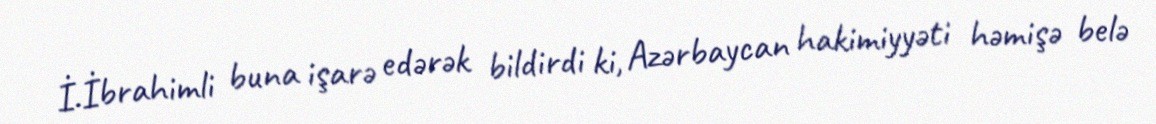
İ.İbrahimli buna işarə edərək bildirdi ki, Azərbaycan hakimiyyəti həmişə belə